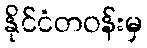
နိုင်ငံတဝန်းမှ